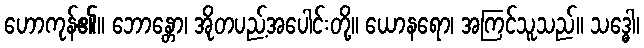
ဟောကုန်၏။ ဘောန္တော၊ အိုတပည့်အပေါင်းတို့။ ယောနရော၊ အကြင်သူသည်။ သဒ္ဓေါ၊